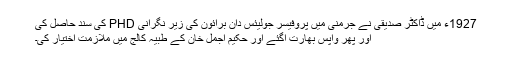
1927ء میں ڈاکٹر صدیقی نے جرمنی میں پروفیسر جولیئس دان برائون کی زیر نگرانی PHD کی سند حاصل کی
اور پھر واپس بھارت آگئے اور حکیم اجمل خان کے طبیہ کالج میں ملازمت اختیار کی۔